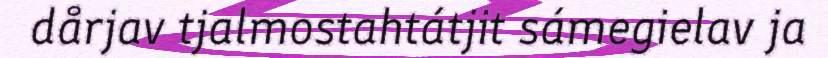
dårjav tjalmostahtátjit sámegielav ja